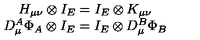
\begin{array} { c } { H _ { \mu \nu } \otimes I _ { E } = I _ { E } \otimes K _ { \mu \nu } } \\ { D _ { \mu } ^ { A } \Phi _ { A } \otimes I _ { E } = I _ { E } \otimes D _ { \mu } ^ { B } \Phi _ { B } } \\ \end{array}